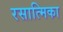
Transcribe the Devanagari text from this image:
रसात्मिका